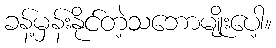
ခန့်မှန်းနိုင်တဲ့သဘောမျိုးပေါ့။